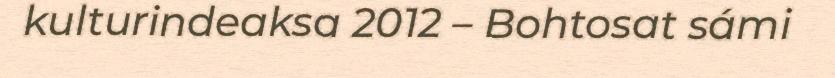
kulturindeaksa 2012 – Bohtosat sámi